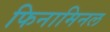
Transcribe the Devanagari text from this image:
फिनामिनल